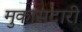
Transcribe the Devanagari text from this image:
मुकासदारी